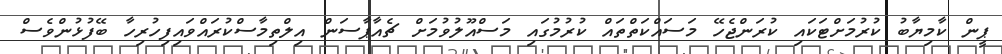
ޕީން ކާމިޔާބު ކުރުމަށްޓަކައި ކުރަންޖެހޭ މަސައްކަތްތައް ކުރުމުގައި މަސްއޫލުވުމަށް ޗެއާޕާސަން އިލްތިމާސްކުރައްވައިފިހުރިހާ ބޭފުޅުންވެސް